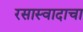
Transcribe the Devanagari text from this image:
रसास्वादाचा